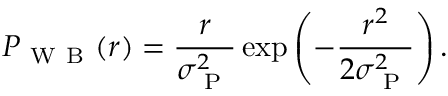
P _ { \mathrm { ~ W ~ B ~ } } ( r ) = \frac { r } { \sigma _ { \mathrm { ~ P ~ } } ^ { 2 } } \exp \left( - \frac { r ^ { 2 } } { 2 \sigma _ { \mathrm { ~ P ~ } } ^ { 2 } } \right) .